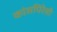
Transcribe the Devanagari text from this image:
कांसपिरेसी